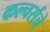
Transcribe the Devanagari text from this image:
कल्चर्सचे